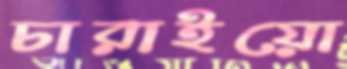
চারাইয়ো